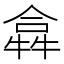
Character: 𤛈